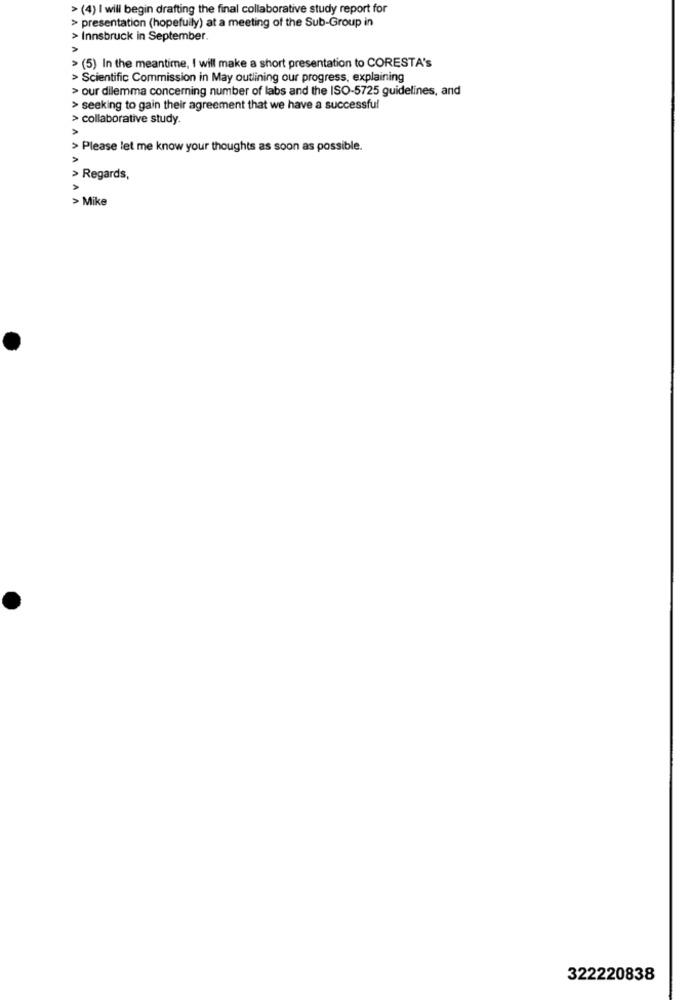
> (4) I will begin drafting the final collaborative study report for
> presentation (hopefully) at a meeting of the Sub-Group in
> Innsbruck in September.
> (5) In the meantime, I will make a short presentation to CORESTA's
> Scientific Commission in May outlining our progress, explaining
> our dilemma concerning number of labs and the ISO-5725 guidelines, and
> seeking to gain their agreement that we have a successful
> collaborative study.
> Please let me know your thoughts as soon as possible.
> Regards,
> Mike
322220838